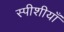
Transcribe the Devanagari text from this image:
स्पीशीयाँ